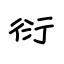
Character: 衍